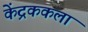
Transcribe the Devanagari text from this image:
केंद्रककला